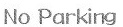
No Parking